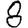
Digit: 8